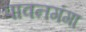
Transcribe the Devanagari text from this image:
पावनगंगा